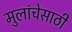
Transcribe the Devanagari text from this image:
मुलांचेसाठी